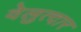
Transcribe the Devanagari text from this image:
वेलुत्दार